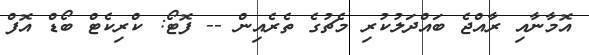
އޮމާނާއި ރާއްޖެ ބައްދަލުކުރި މެޗުގެ ތެރެއިން -- ފޮޓޯ: ކްރިކެޓް ބޯޑް އޮފް